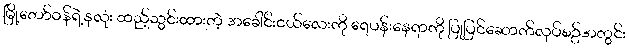
မြို့တော်ဝန်ရဲ့နှလုံး ထည့်သွင်းထားတဲ့ အခေါင်းငယ်လေးကို ရေပန်းနေရာကို ပြုပြင်ဆောက်လုပ်စဥ်အတွင်း